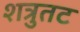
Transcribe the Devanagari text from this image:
शत्रुतट